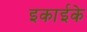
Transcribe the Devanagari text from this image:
इकाईके